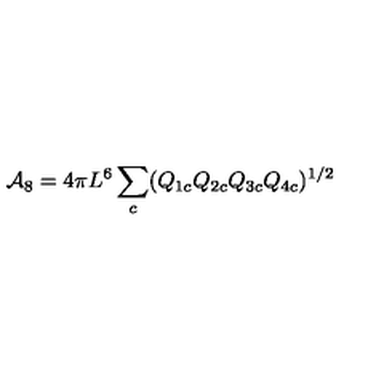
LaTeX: { \cal A } _ { 8 } = 4 \pi L ^ { 6 } \sum _ { c } ( Q _ { 1 c } Q _ { 2 c } Q _ { 3 c } Q _ { 4 c } ) ^ { 1 / 2 }